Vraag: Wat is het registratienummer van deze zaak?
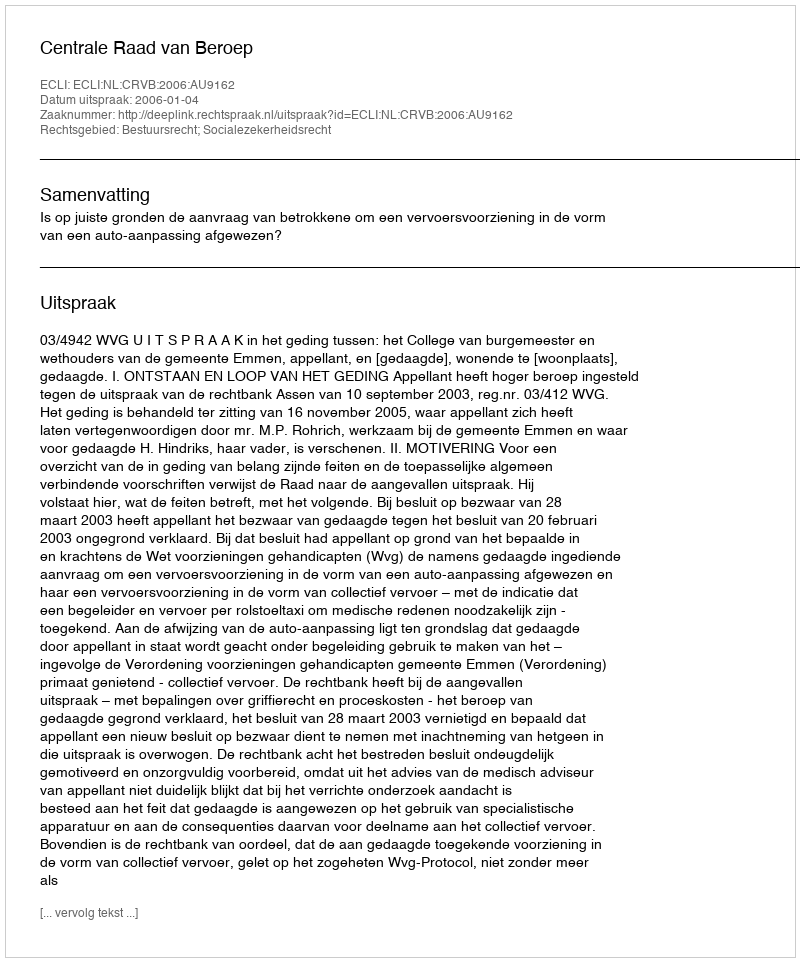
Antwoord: http://deeplink.rechtspraak.nl/uitspraak?id=ECLI:NL:CRVB:2006:AU9162